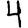
Digit: 4